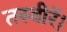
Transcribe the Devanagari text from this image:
तस्वीरें।